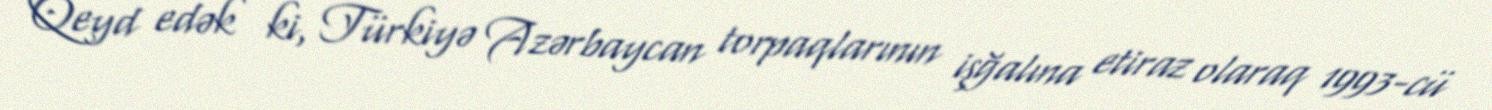
Qeyd edək ki, Türkiyə Azərbaycan torpaqlarının işğalına etiraz olaraq 1993-cü